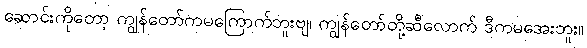
ဆောင်းကိုတော့ ကျွန်တော်ကမကြောက်ဘူးဗျ၊ ကျွန်တော်တို့ဆီလောက် ဒီကမအေးဘူး။